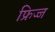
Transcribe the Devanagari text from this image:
फ्रिज्ज